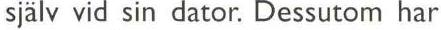
själv vid sin dator. Dessutom har